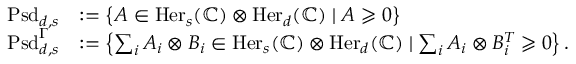
\begin{array} { r l } { \mathrm { P s d } _ { d , s } } & { : = \left\{ A \in \mathrm { H e r } _ { s } ( \mathbb C ) \otimes \mathrm { H e r } _ { d } ( \mathbb C ) \mid A \geqslant 0 \right\} } \\ { \mathrm { P s d } _ { d , s } ^ { \Gamma } } & { : = \left\{ \sum _ { i } A _ { i } \otimes B _ { i } \in \mathrm { H e r } _ { s } ( \mathbb C ) \otimes \mathrm { H e r } _ { d } ( \mathbb C ) \mid \sum _ { i } A _ { i } \otimes B _ { i } ^ { T } \geqslant 0 \right\} . } \end{array}